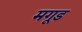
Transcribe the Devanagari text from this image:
मगूड